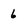
Character: 6